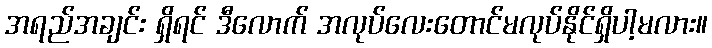
အရည်အချင်း ရှိရင် ဒီလောက် အလုပ်လေးတောင်မလုပ်နိုင်ရှိပါ့မလား။